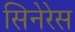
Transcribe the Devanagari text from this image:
सिनेरेस